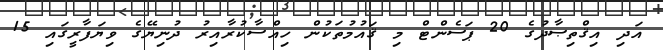
އަދި އިޤްތިޞާދުގެ 20 ޕަސެންޓް މި ޤައުމުތަކުން ހިއްސާކުރާއިރު ދުނިޔޭގެ ވިޔަފާރީގައި 15